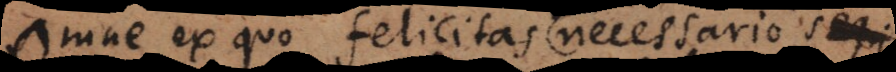
Omne ex quo felicitas necessario sequi